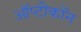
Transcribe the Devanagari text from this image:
ऑप्टीकॉन